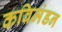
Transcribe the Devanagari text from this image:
कविमंडन